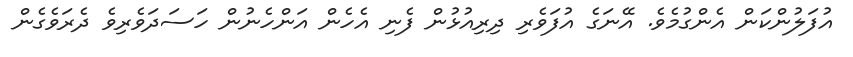
އުފަލުންކަން އެންގުމެވެ. އޭނަގެ އުފަވެރި ދިރިއުޅުން ފެނި އެހެން އަންހެނުން ހަސަދަވެރިވެ ދެރަވެގެން